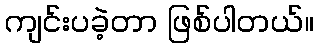
ကျင်းပခဲ့တာ ဖြစ်ပါတယ်။